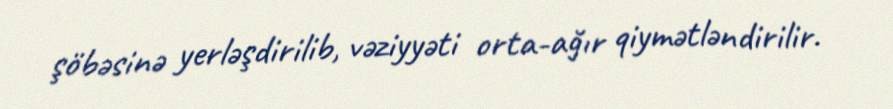
şöbəsinə yerləşdirilib, vəziyyəti orta-ağır qiymətləndirilir.